Report of the King Institute of Preventive Medicine, Guindy
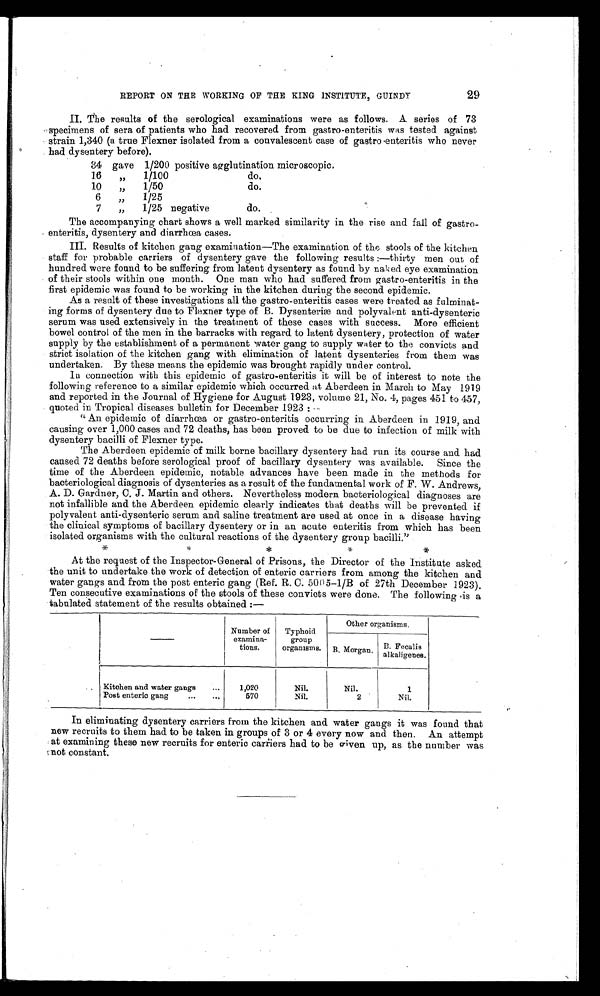
29
REPORT ON THE WORKING OF THE KING INSTITUTE, GUINDY
II. The results of the serological examinations were as follows. A series of 73
specimens of sera of patients who had recovered from gastro-enteritis was tested against
strain 1,340 (a true Flexner isolated from a convalescent case of gastro enteritis who never
had dysentery before).
34 gave 1/200 positive agglutination microscopic
16
"
1/100
do.
10
"
1/50
do.
6
"
1/25
7
"
1 /25 negative
do.
The accompanying chart shows a well marked similarity in the rise and fall of gastro
-enteritis, dysentery and diarrhœa cases.
III. Results of kitchen gang examination—The examination of the stools of the kitchen
staff for probable carriers of dysentery gave the following results :—thirty men out of
hundred were found to be suffering from latent dysentery as found by naked eye examination
of their stools within one month. One man who had suffered from gastro-enteritis in the
first epidemic was found to be working in the kitchen during the second epidemic.
As a result of these investigations all the gastro-enteritis cases were treated as fulminat
-ing forms of dysentery due to Flexner type of B. Dysenteriæ and polyvalent anti-dysenteric
serum was used extensively in the treatment of these cases with success. More efficient
bowel control of the men in the barracks with regard to latent dysentery, protection of water
supply by the establishment of a permanent water gang to supply water to the convicts and
strict isolation of the kitchen gang with elimination of latent dysenteries from them was
undertaken. By these means the epidemic was brought rapidly under control.
In connection with this epidemic of gastro-enteritis it will be of interest to note the
following reference to a similar epidemic which occurred at Aberdeen in March to May 1919
and reported in the Journal of Hygiene for August 1923, volume 21, No. 4, pages 451 to 457,
quoted in Tropical diseases bulletin for December 1923 :
" An epidemic of diarrhœa or gastro-enteritis occurring in Aberdeen in 1919, and
causing over 1,000 cases and 72 deaths, has been proved to be due to infection of milk with
dysentery bacilli of Flexner type.
The Aberdeen epidemic of milk borne bacillary dysentery had run its course and had
caused 72 deaths before serological proof of bacillary dysentery was available. Since the
time of the Aberdeen epidemic, notable advances have been made in the methods for
bacteriological diagnosis of dysenteries as a result of the fundamental work of F. W. Andrews,
A. D. Gardner, C. J. Martin and others. Nevertheless modern bacteriological diagnoses are
not infallible and the Aberdeen epidemic clearly indicates that deaths will be prevented if
polyvalent anti-dysenteric serum and saline treatment are used at once in a disease having
the clinical symptoms of bacillary dysentery or in an acute enteritis from which has been
isolated organisms with the cultural reactions of the dysentery group bacilli."
At the request of the Inspector-General of Prisons, the Director of the institute asked
the unit to undertake the work of detection of enteric carriers from among the kitchen and
water gangs and from the post enteric gang (Ref. R. C. 5005–1/B of 27th December 1923).
Ten consecutive examinations of the stools of these convicts were done. The following is a
tabulated statement of the results obtained :—
Number of
examina-
tions.
Typhoid
group
organisms.
Other organisms.
B . Morgan. B. Fecalis
alkaligenes.
Kitchen and water gangs
1,020
Nil.
N i l .
1
Post enteric gang
570
Nil.
2
Nil.
In eliminating dysentery carriers from the kitchen and water gangs it was found that
new recruits to them had to be taken in groups of 3 or 4 every now and then. An attempt
at examining these new recruits for enteric carriers had to be given up, as the number was
not constant.